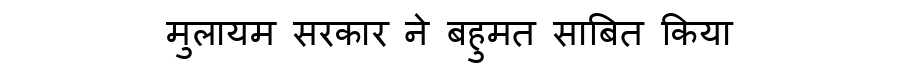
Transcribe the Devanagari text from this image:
मुलायम सरकार ने बहुमत साबित किया